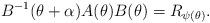
LaTeX: \begin{align*}B^{-1}(\theta+\alpha)A(\theta)B(\theta)=R_{\psi(\theta)}.\end{align*}